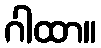
ဂါထာ။